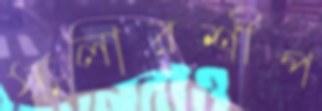
স্কলারশীপ